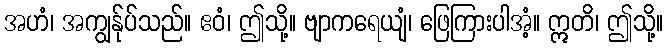
အဟံ၊ အကျွန်ုပ်သည်။ ဧဝံ၊ ဤသို့။ ဗျာကရေယျံ၊ ဖြေကြားပါအံ့။ ဣတိ၊ ဤသို့။